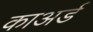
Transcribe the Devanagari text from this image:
काअर्ड